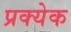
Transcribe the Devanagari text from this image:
प्रक्येक